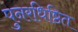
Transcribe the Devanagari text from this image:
पुनरधिष्ठित